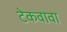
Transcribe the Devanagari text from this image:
टेकवावा